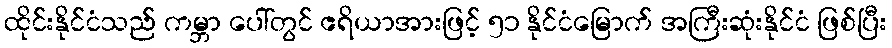
ထိုင်းနိုင်ငံသည် ကမ္ဘာ ပေါ်တွင် ဧရိယာအားဖြင့် ၅၁ နိုင်ငံမြောက် အကြီးဆုံးနိုင်ငံ ဖြစ်ပြီး